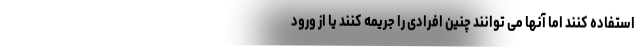
استفاده کنند اما آنها می توانند چنین افرادی را جریمه کنند یا از ورود